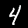
Digit: 4